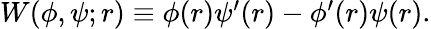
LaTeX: \begin{array}{r}{W(\phi,\psi;r)\equiv\phi(r)\psi^{\prime}(r)-\phi^{\prime}(r)\psi(r).}\end{array}